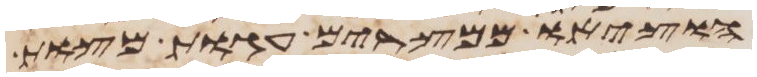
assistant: הוציאו ממצרים עגות מצות